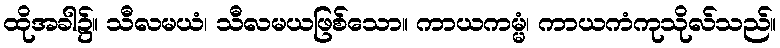
ထိုအခါ၌။ သီလမယံ၊ သီလမယဖြစ်သော။ ကာယကမ္မံ၊ ကာယကံကုသိုလ်သည်။